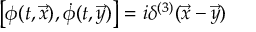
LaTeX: \left[ \phi ( t , \vec { x } ) , \dot { \phi } ( t , \vec { y } ) \right] = i \delta ^ { ( 3 ) } ( \vec { x } - \vec { y } )